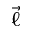
\overrightarrow { \ell }